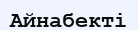
Айнабекті